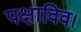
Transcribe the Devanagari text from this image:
पक्षाविव।